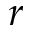
r